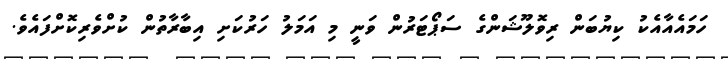
ހަމައެއާއެކު ކިޔުބަން ރިވޮލޫޝަންގެ ސަޕޯޓަރުން ވަނީ މި އަމަލު ހަރުކަށި އިބާރާތުން ކުށްވެރިކޮށްފައެވެ.